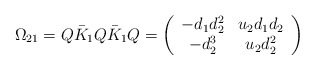
\begin{align*}\Omega_{21}=Q \bar{K}_1 Q \bar{K}_1 Q = \left( \begin{array}{cc}-d_1 d_2^2 & u_2 d_1 d_2 \\-d_2^3 & u_2 d_2^2\end{array} \right)\end{align*}